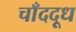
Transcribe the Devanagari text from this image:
चाँददूध